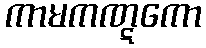
ကာမကဏ္ဋကော